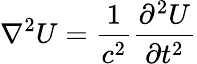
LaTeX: \nabla^{2}U={\frac{1}{c^{2}}}{\frac{\partial^{2}U}{\partial t^{2}}}